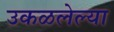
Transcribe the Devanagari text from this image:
उकळलेल्या